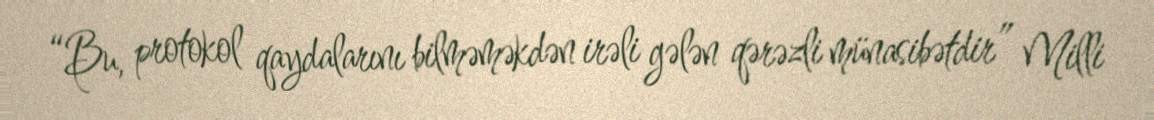
“Bu, protokol qaydalarını bilməməkdən irəli gələn qərəzli münasibətdir” Milli